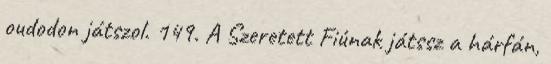
oudodon játszol. 149. A Szeretett Fiúnak játssz a hárfán,